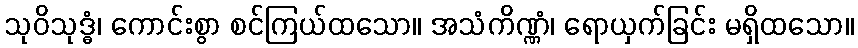
သုဝိသုဒ္ဓံ၊ ကောင်းစွာ စင်ကြယ်ထသော။ အသံကိဏ္ဏံ၊ ရောယှက်ခြင်း မရှိထသော။